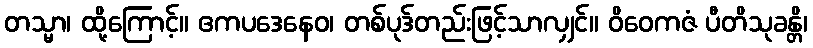
တသ္မာ၊ ထို့ကြောင့်။ ဧကပဒေနေဝ၊ တစ်ပုဒ်တည်းဖြင့်သာလျှင်။ ဝိဝေကဇံ ပီတိသုခန္တိ၊